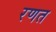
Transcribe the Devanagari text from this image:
रणत